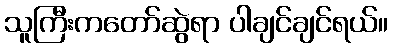
သူကြီးကတော်ဆွဲရာ ပါချင်ချင်ရယ်။